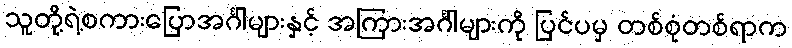
သူတို့ရဲ့စကားပြောအင်္ဂါများနှင့် အကြားအင်္ဂါများကို ပြင်ပမှ တစ်စုံတစ်ရာက